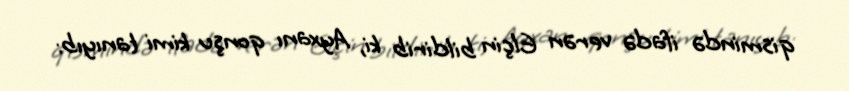
qismində ifadə verən Elçin bildirib ki, Ayxanı qonşu kimi tanıyıb: